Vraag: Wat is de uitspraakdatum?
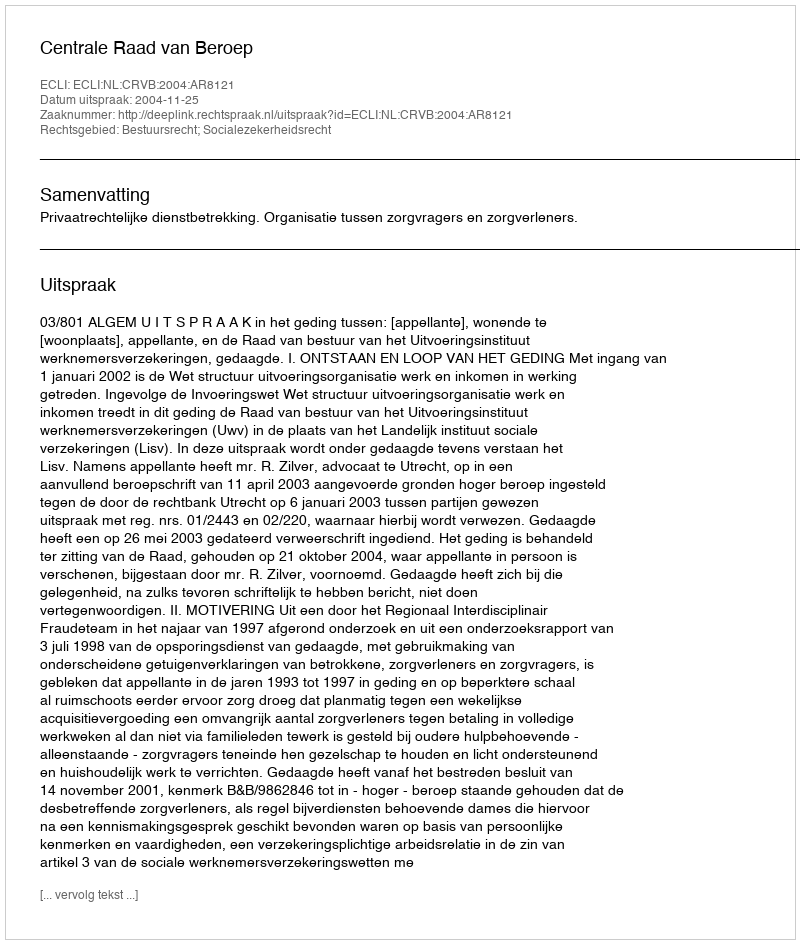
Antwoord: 2004-11-25